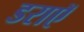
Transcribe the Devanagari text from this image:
डराएॅ